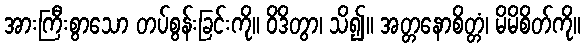
အားကြီးစွာသော တပ်စွန်းခြင်းကို။ ဝိဒိတွာ၊ သိ၍။ အတ္တနောစိတ္တံ၊ မိမိစိတ်ကို။